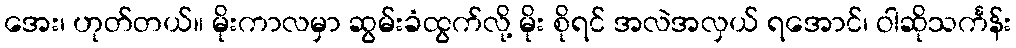
အေး၊ ဟုတ်တယ်။ မိုးကာလမှာ ဆွမ်းခံထွက်လို့ မိုး စိုရင် အလဲအလှယ် ရအောင်၊ ဝါဆိုသင်္ကန်း